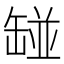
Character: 𱺲